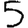
Digit: 5